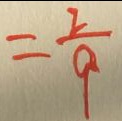
= \frac { 2 } { 9 }